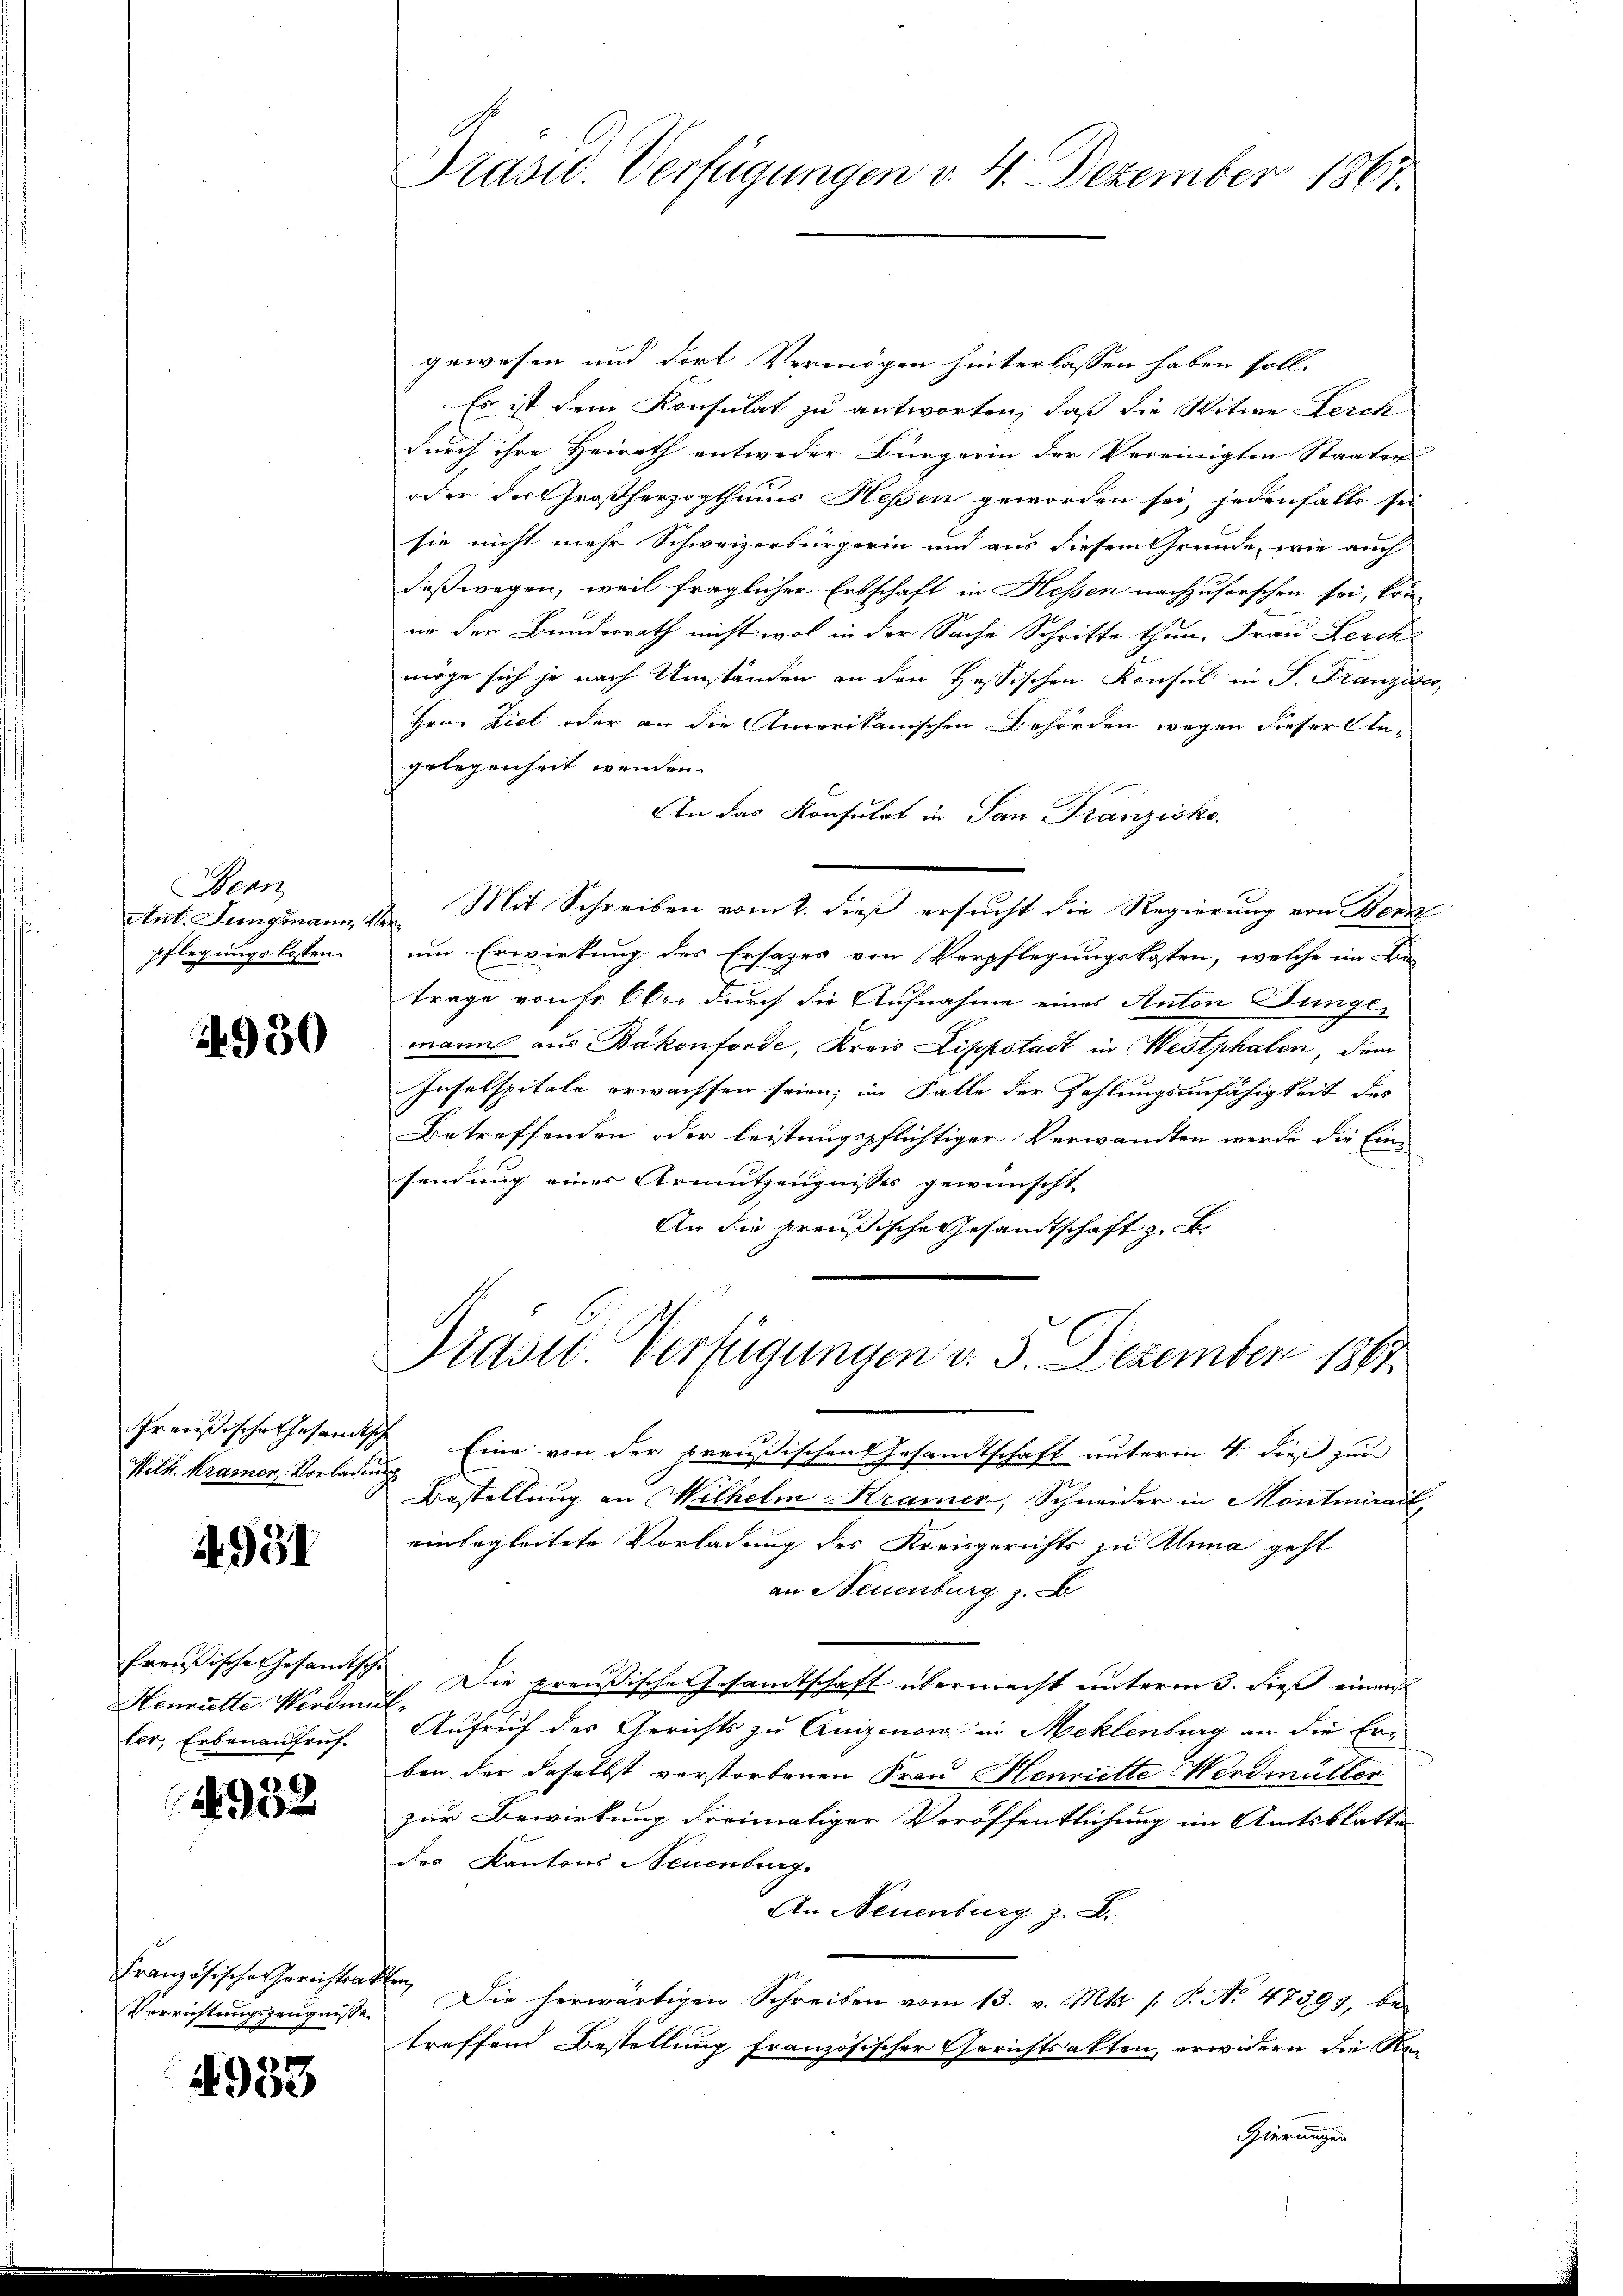
Bean
Ant. Jungmann
Pflegungskosten.

930

Preußische Gesamt
Wilk. Kramen, Vorlade

4951

Preußische Gesandtsche
Henriette Werden
ler, Erbenaufruf.

1932

Französische Gerichtsat
Verrichtungszeugnisse

4933

Präsid. Verfügungen v. 4. Dezember 1867.

gewesen und dort Vermögen hinterlassen haben soll.
Es ist dem Konsulat zu antworten, daß die Witwe Kerck
durch ihre Heirath entweder Bürgerin der Vereinigten Staaten
oder der Großherzogthums Hessen geworden sei, jedenfalls sei
sie nicht mehr Schweizerbürgerin und aus diesem Grunde, wie auch
deßwegen, weil fraglicher Erbschaft in Hessen nachzuforschen sei, kon-
ne der Bunderrath nicht wol in der Sache Schritte thun, Frau Lercke
möge sich je nach Umständen an den Hessischen Konsul in P. Franzie
Hrn. Ziel oder an die Amerikanischen Behörden wegen dieser Angelegenheit wenden.
An das Konsulat in San Franzisko
Mit Schreiben vom 2. dieß ersucht die Regierung von Merk-
um Erwirkung des Ersatzes von Verpflegungskosten, welche in die
trage von Fr. 6 bei durch die Aufnahme eines Anton Junge
mann aus Bäkenforde, Kreis Lippstadt in Westphalen, dem
Inselspitale erwachsen seien; im Falle der Zahlungsunfähigkeit des
Betreffenden oder leistungspflichtiger Verwandten werde die Ein-
sendung eines Armutzeugnisses gewünscht
An die preußische Gesandtschaft z. B.
Prasse Verfügungen d. 3. Dezember 1863.
Eine von der preußischen Gesandtschaft unterm 4. dieß zur
Bestellung an Wilhelm Kramer, Schneider in Montmirail,
einbegleitete Vorladung des Kreisgerichts zu Anna geht
an Neuenburg z. B.
Die preußische Gesandtschaft übermacht unterm 3. dieß einen
Aufruf des Gerichts zu Quizinon in Meklenburg an die Erben der daselbst verstorbenen Frau Henriette Werdmüller
zur Bewirkung dreimaliger Veröffentlichung im Amtsblatte
des Kantons Neuenburg
An Neuenburg z. B.
en
Die herwärtigen Schreiben vom 13. v. Mts. 1. P. Nr. 47393, be-
treffend Bestellung französischer Gerichtsakten, erwidern die Regierungen